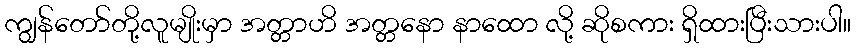
ကျွန်တော်တို့လူမျိုးမှာ အတ္တာဟိ အတ္တနော နာထော လို့ ဆိုစကား ရှိထားပြီးသားပါ။